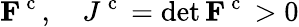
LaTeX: {\mathbf F}^{\mathrm{~c~}},\quad J^{\mathrm{~c~}}=\operatorname*{det}{\mathbf F}^{\mathrm{~c~}}>0